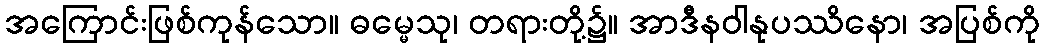
အကြောင်းဖြစ်ကုန်သော။ ဓမ္မေသု၊ တရားတို့၌။ အာဒီနဝါနုပဿိနော၊ အပြစ်ကို